Annual statistical returns and brief notes on vaccination in Bengal - 1909-1929
Year: 1909
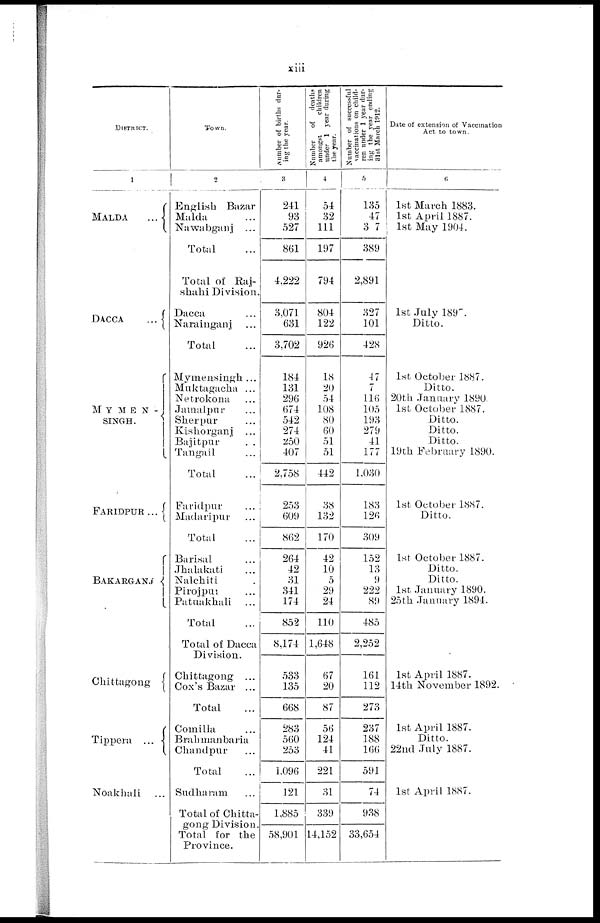
xiii
DISTRICT.
1
MALDA
...
DACCA
...
MYMEN -
SINGH.
FARIDPUR ...
BAKARGANJ
Chittagong
Tippera
...
Noakhali
...
Town.
2
English Bazar
Malda ...
Nawabganj
...
Total ...
Total of Raj-
shahi Division.
Dacca ...
Narainganj ...
Total ...
Mymensingh ...
Muktagacha ...
Netrokona ...
Jamalpur ...
Sherpur ...
Kishorganj ...
Bajitpur
...
Tangail ...
Total ...
Faridpur ...
Madaripur ...
Total ...
Barisal ...
Jhalakati ...
Nalchiti ...
Pirojpur ...
Patuakhali ...
Total ...
Total of Dacca
Division.
Chittagong ...
Cox's Bazar ...
Total ...
Comilla ...
Brahmanbaria
Chandpur ...
Total ...
Sudharam ...
Total of Chitta-
gong Division.
Total for the
Province.
Number of births dur-
ing the year.
3
241
93
527
861
4,222
3,071
631
3,702
184
131
296
674
542
274
250
407
2,758
253
609
862
264
42
31
341
174
852
8,174
533
135
668
283
560
253
1,096
121
1,885
58,901
Number
of deaths
amongst
children
under 1 year during
the year.
4
54
32
111
197
794
804
122
926
18
20
54
108
80
60
51
51
442
38
132
170
42
10
5
29
24
110
1,648
67
20
87
56
124
41
221
31
339
14,152
Number of successful
vaccinations on child-
ren under 1 year dur-
ing the year ending
31st March 1912.
5
135
47
37
389
2,891
327
101
428
47
7
116
105
193
279
41
177
1,030
183
126
309
152
13
9
222
89
485
2,252
161
112
273
237
188
166
591
74
938
33,654
Date of extension of Vaccination
Act to town.
6
1st March 1883.
1st April 1887.
1st May 1904.
1st July 189
Ditto.
1st October 1887.
Ditto.
20th January 1890.
1st October 1887.
Ditto.
Ditto.
Ditto.
19th February 1890.
1st October 1887.
Ditto.
1st October 1887.
Ditto.
Ditto.
1st January 1890.
25th January 1894.
1st April 1887.
14th November 1892.
1st April 1887.
Ditto.
22nd July 1887.
1st April 1887.